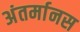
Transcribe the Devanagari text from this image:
अंतर्मानस